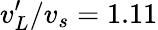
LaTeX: {v_{L}^{\prime}}/{v_{s}}=1.11